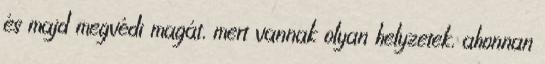
és majd megvédi magát, mert vannak olyan helyzetek, ahonnan